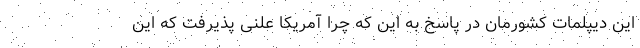
این دیپلمات کشورمان در پاسخ به این که چرا آمریکا علنی پذیرفت که این